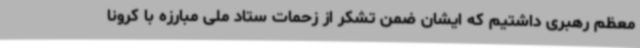
معظم رهبری داشتیم که ایشان ضمن تشکر از زحمات ستاد ملی مبارزه با کرونا